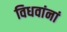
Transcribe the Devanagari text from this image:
विधवांनां